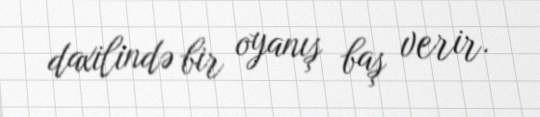
daxilində bir oyanış baş verir.